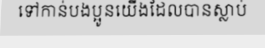
ទៅកាន់បងប្អូនយើងដែលបានស្លាប់